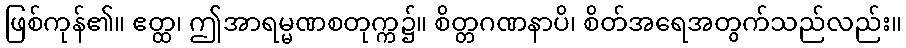
ဖြစ်ကုန်၏။ ဧတ္ထ၊ ဤအာရမ္မဏစတုက္က၌။ စိတ္တဂဏနာပိ၊ စိတ်အရေအတွက်သည်လည်း။